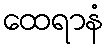
ထေရာနံ